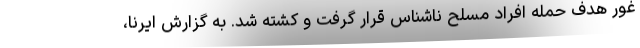
غور هدف حمله افراد مسلح ناشناس قرار گرفت و کشته شد. به گزارش ایرنا،